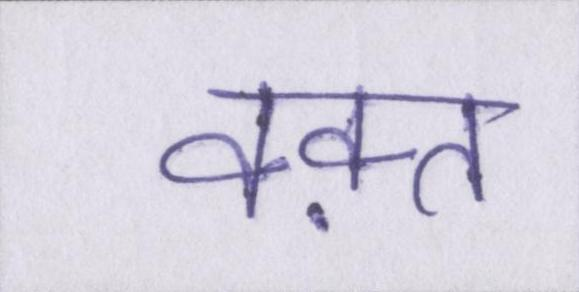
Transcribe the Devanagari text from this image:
वक़्त